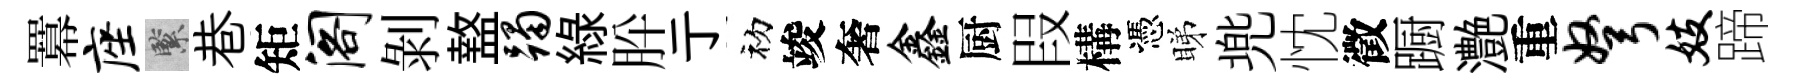
羃座緊巷矩阁剝盩躅緑肸亍初竣奢鑫厨叚構憑睇兠忱徵蹰灔重弩妓蹄